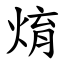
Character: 焴